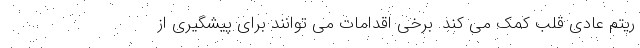
ریتم عادی قلب کمک می کند. برخی اقدامات می توانند برای پیشگیری از